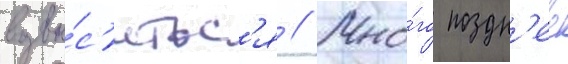
возвы́с'итьс'я // Мно́го поздн'ее